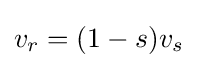
v_{r}=(1-s)v_{s}